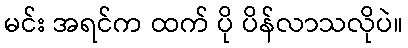
မင်း အရင်က ထက် ပို ပိန်လာသလိုပဲ။